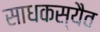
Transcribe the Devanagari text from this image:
साधकस्यैव